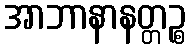
အာဘာနာနတ္တဉ္စ